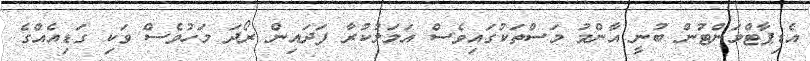
އެޑިޕާޓްމަންޓުން ބުނީ އާންމު މަސްތަކުގައިވެސް އަމަލުކުރާ ފަދައިން ރޯދަ މަހުވެސް ވަކި ގަޑިއެއްގެ